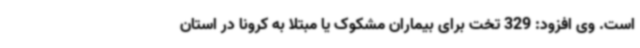
است. وی افزود: 329 تخت برای بیماران مشکوک یا مبتلا به کرونا در استان